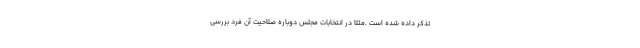
تذکر داده شده است .مثلا در انتخابات مجلس دوباره صلاحیت آن فرد بررسی